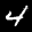
Label: 4